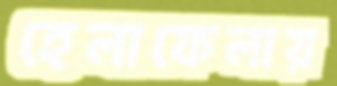
হেলাফেলায়